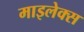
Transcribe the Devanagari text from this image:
माइलेक्स